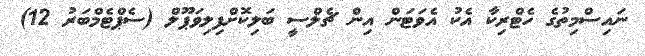
ނައިސްމިތުގެ ހެޓްރިކާ އެކު އެވަޓަން އިން ޗެލްސީ ބަލިކޮށްފިލިވަޕޫލް (ސެޕްޓެމްބަރު 12)